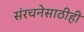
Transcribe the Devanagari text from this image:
संरचनेसाठीही